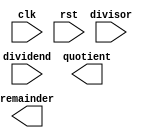
module radix2_srt_divider(
    // Inputs
    input wire clk,
    input wire rst,
    input wire [31:0] dividend,
    input wire [15:0] divisor,
    
    // Outputs
    output reg [15:0] quotient,
    output reg [15:0] remainder
    );
    
    // Control unit
    // Add your control logic here
    
    // Radix-2 SRT Divider module
    // Add your Radix-2 SRT divider logic here
    
    // Arithmetic blocks
    // Add your adder and subtractor logic here
    
    // Register file
    // Add your register file logic here
    
    // Pipeline stages
    // Add your pipeline logic here
    
    // Data path
    // Add your data path connections here
    
endmodule